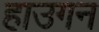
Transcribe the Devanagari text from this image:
हाउगन